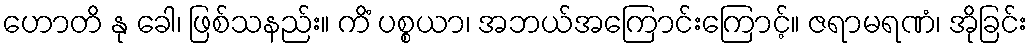
ဟောတိ နု ခေါ၊ ဖြစ်သနည်း။ ကိံ ပစ္စယာ၊ အဘယ်အကြောင်းကြောင့်။ ဇရာမရဏံ၊ အိုခြင်း